画像に写った文字を読んでください
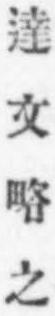
「達文略之」と書いてあります